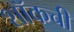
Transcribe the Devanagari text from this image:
शॉकची